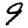
Digit: 9